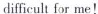
difficult for me!